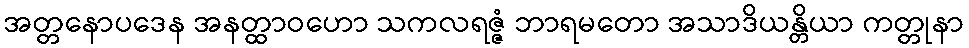
အတ္တနောပဒေန အနတ္ထာဝဟော သကလရဇ္ဇံ ဘာရမတော အသာဒိယန္တိယာ ကတ္တုနာ